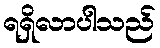
ရရှိလာပါသည်